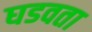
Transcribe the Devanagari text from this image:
घडवता